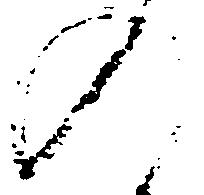
入